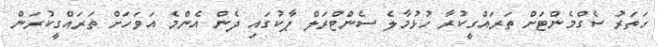
ހަތަރު ސެގްމެންޓަށް ތަރައްގީކުރާ ހުޅުމާލެ ސެންޓްރަލް ޕާކުގައި ދެން އެންމެ އަވަހަށް ތަރައްގީކުރަން